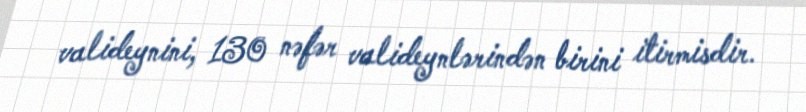
valideynini, 130 nəfər valideynlərindən birini itirmisdir.